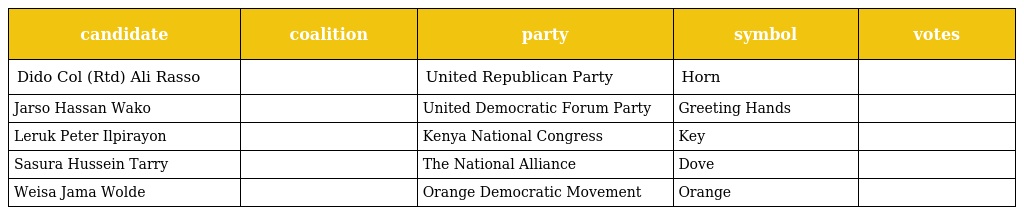
| candidate | coalition | party | symbol | votes |
 | --- | --- | --- | --- | --- |
 | Dido Col (Rtd) Ali Rasso |  | United Republican Party | Horn |  |
 | Jarso Hassan Wako |  | United Democratic Forum Party | Greeting Hands |  |
 | Leruk Peter Ilpirayon |  | Kenya National Congress | Key |  |
 | Sasura Hussein Tarry |  | The National Alliance | Dove |  |
 | Weisa Jama Wolde |  | Orange Democratic Movement | Orange |  |